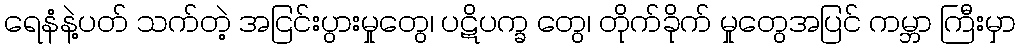
ရေနံနဲ့ပတ် သက်တဲ့ အငြင်းပွားမှုတွေ၊ ပဋိပက္ခ တွေ၊ တိုက်ခိုက် မှုတွေအပြင် ကမ္ဘာ ကြီးမှာ